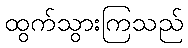
ထွက်သွားကြသည်